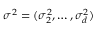
\boldsymbol { \sigma } ^ { 2 } = ( \sigma _ { 2 } ^ { 2 } , \dots , \sigma _ { d } ^ { 2 } )